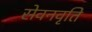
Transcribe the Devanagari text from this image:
सेवनवृति